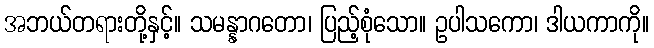
အဘယ်တရားတို့နှင့်။ သမန္နာဂတော၊ ပြည့်စုံသော။ ဥပါသကော၊ ဒါယကာကို။